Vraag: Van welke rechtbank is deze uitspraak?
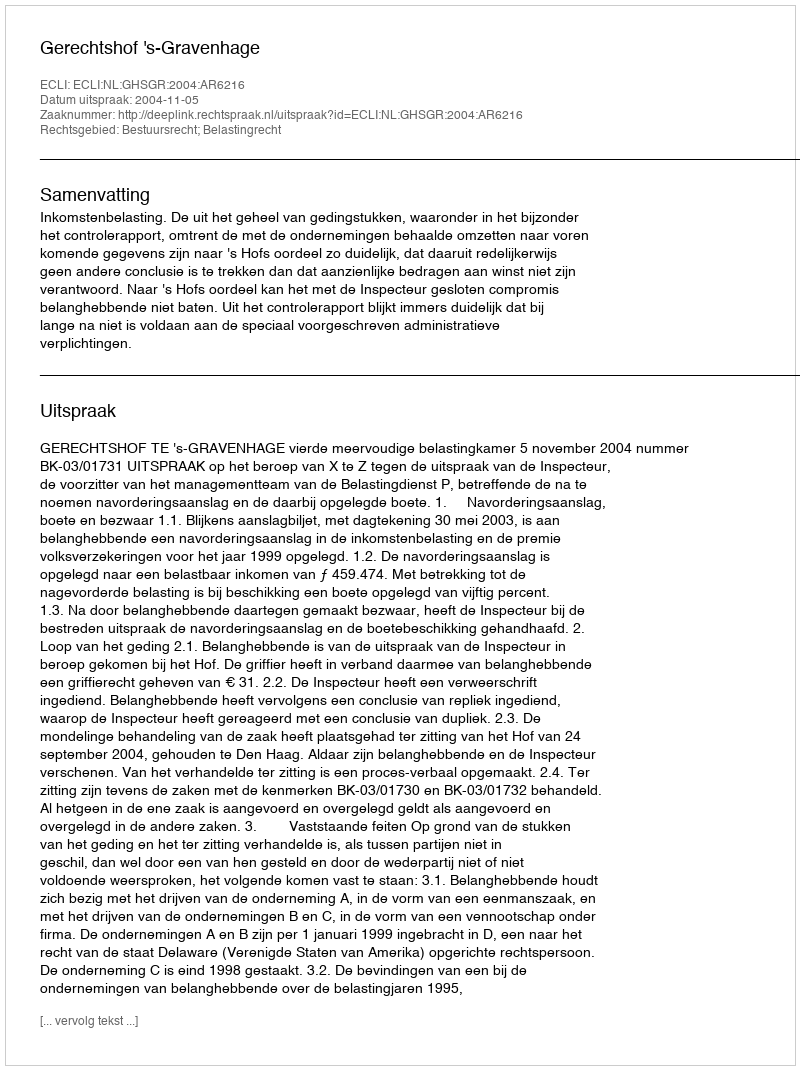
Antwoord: Gerechtshof 's-Gravenhage